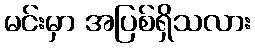
မင်းမှာ အပြစ်ရှိသလား